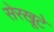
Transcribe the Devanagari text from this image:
सेरखूटे